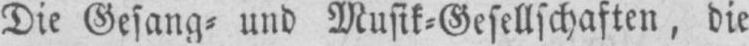
Die Gesang⸗ und Musik⸗Gesellschaften, die